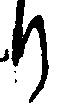
り